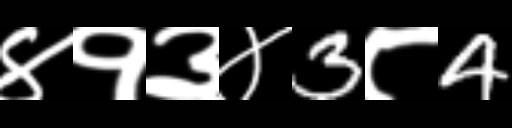
Text: ४१३४3८4